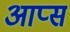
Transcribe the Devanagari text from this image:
आप्स